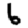
Digit: 6